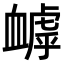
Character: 𧗌